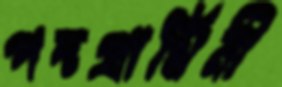
পদপ্রার্থিনী